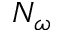
N _ { \omega }